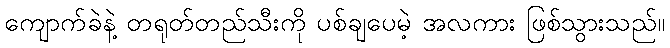
ကျောက်ခဲနဲ့ တရုတ်တည်သီးကို ပစ်ချပေမဲ့ အလကား ဖြစ်သွားသည်။